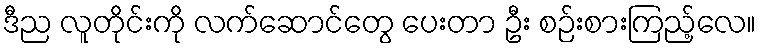
ဒီည လူတိုင်းကို လက်ဆောင်တွေ ပေးတာ ဦး စဉ်းစားကြည့်လေ။